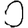
Digit: 0